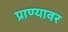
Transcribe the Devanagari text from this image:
प्राण्यावर